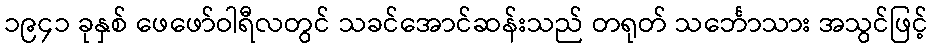
၁၉၄၁ ခုနှစ် ဖေဖော်ဝါရီလတွင် သခင်အောင်ဆန်းသည် တရုတ် သင်္ဘောသား အသွင်ဖြင့်